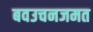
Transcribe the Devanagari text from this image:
बवउचनजमत